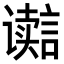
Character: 𮙋